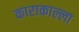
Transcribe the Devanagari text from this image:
काराकाल्ला